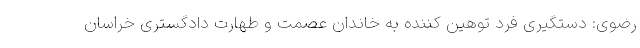
رضوی: دستگیری فرد توهین کننده به خاندان عصمت و طهارت دادگستری خراسان